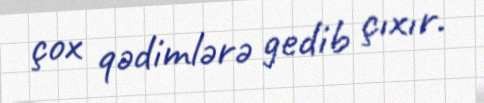
çox qədimlərə gedib çıxır.